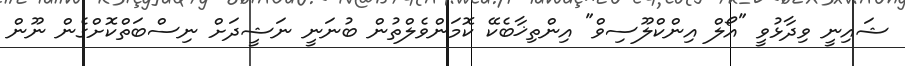
ޝައިނީ ވިދާޅުވީ "އޯލް އިންކްލޫސިވް" އިންތިޚާބެކޭ ކޮމަންވެލްތުން ބުނަނީ ނަޝީދަށް ނިސްބަތްކޮށްގެން ނޫން